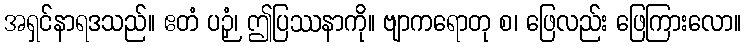
အရှင်နာရဒသည်။ ဧတံ ပဉှံ၊ ဤပြဿနာကို။ ဗျာကရောတု စ၊ ဖြေလည်း ဖြေကြားလော။